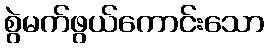
စွဲမက်ဖွယ်ကောင်းသော